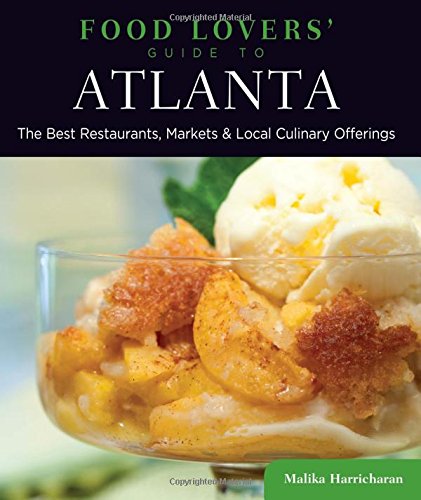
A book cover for Food Lovers' Guide toÂ® Atlanta: The Best Restaurants, Markets & Local Culinary Offerings (Food Lovers' Series); Malika Harricharan; Travel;